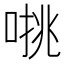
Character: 𰈁